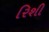
રિશી